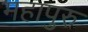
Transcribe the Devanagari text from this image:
महापुरु